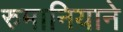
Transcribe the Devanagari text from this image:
रुमानियाने